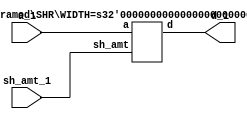
`timescale 1ns / 1ps
//Test Shift-Right
module testSHR(a_1,sh_amt_1,d_1);
	input [1:0] a_1;
	input [1:0] sh_amt_1;
	output [1:0] d_1;
	
	SHR #(.WIDTH(2)) SHR_1(a_1,sh_amt_1,d_1);
endmodule

//Shift-Right Module
module SHR #(parameter WIDTH = 2) (a,sh_amt,d);

input [WIDTH-1 : 0] a;
input [WIDTH-1 : 0] sh_amt;
output [WIDTH-1 : 0] d;

    assign d = {a>>sh_amt};
	
	endmodule //End Shift-Right Module